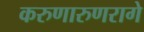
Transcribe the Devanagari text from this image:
करुणारुणरागे